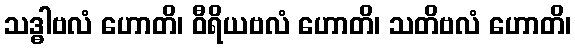
သဒ္ဓါဗလံ ဟောတိ၊ ဝီရိယဗလံ ဟောတိ၊ သတိဗလံ ဟောတိ၊